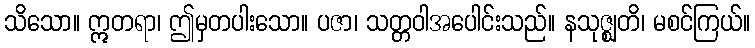
သိသော။ ဣတရာ၊ ဤမှတပါးသော။ ပဇာ၊ သတ္တဝါအပေါင်းသည်။ နသုဇ္ဈတိ၊ မစင်ကြယ်။